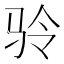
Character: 𲌅